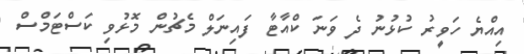
އިއްޔެ ހަވީރު ކުޅުނު ދެ ވަނަ ކްއާޓާ ފައިނަލް މެޗުން މޮޅުވި ކަސްޓަމްސް